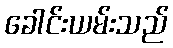
ခေါင်းယမ်းသည်